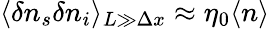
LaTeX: \langle\delta n_{s}\delta n_{i}\rangle_{L\gg\Delta x}\approx\eta_{0}\langle n\rangle